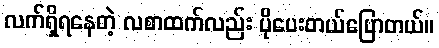
လက်ရှိရနေတဲ့ လစာထက်လည်း ပိုပေးတယ်ပြောတယ်။